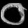
Digit: ၀